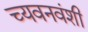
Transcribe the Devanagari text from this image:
च्यवनवंशी